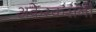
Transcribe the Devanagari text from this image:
अकेरकरांनी